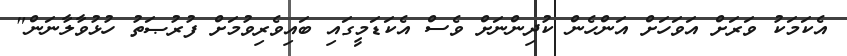
އެކަމަކު ވަރަށް އަވަހަށް އަންހެން ކުދިންނަށް ވެސް އެކަޑަމީގައި ބައިވެރިވުމަށް ފުރުޞަތު ހުޅުވާލާނަން"